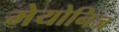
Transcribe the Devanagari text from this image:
मेयोनिज